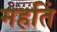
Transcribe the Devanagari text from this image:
महतिं